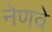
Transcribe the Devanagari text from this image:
नेणवे